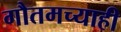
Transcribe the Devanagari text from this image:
गौतमच्याही